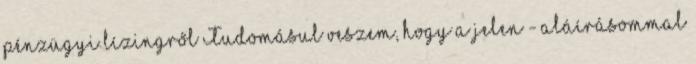
pénzügyi lízingről Tudomásul veszem, hogy a jelen - aláírásommal